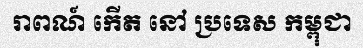
រាពណ៍ កើត នៅ ប្រទេស កម្ពុជា